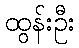
ထွန်းဦး